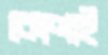
কোণাই